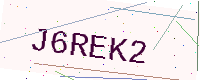
Text: J6REK2